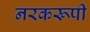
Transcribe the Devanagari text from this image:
नरकरूपी